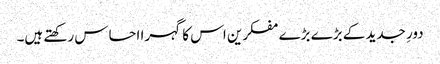
دورِ جدید کے بڑے بڑے مفکرین اس کا گہرا احساس رکھتے ہیں۔